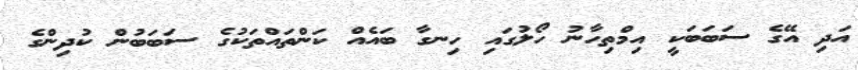
އަދި އޭގެ ސަބަބަކީ އިމްތިހާނު ހޯލުގައި ހިނގާ ބައެއް ކަންތައްތަކުގެ ސަބަބުން ކުދިންގެ